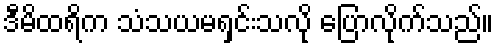
ဒီမိထရိက သံသယမရှင်းသလို ပြောလိုက်သည်။